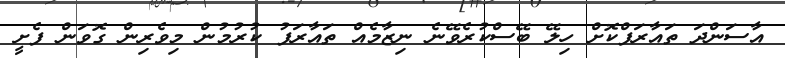
އާސަންދަ ތައާރަފްކޮށް ހިލޭ ބޭސްކުރެވޭނެ ނިޒާމެއް ތައާރަފު ކުރުމުން މިވެރިން ގޮވަން ފެށީ